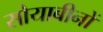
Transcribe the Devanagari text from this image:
सोयाबीनों